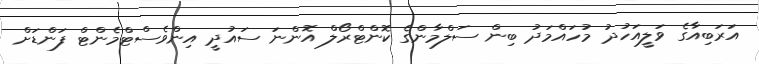
އަރަބިއާގެ ވަލީއަހުދު މުހައްމަދު ބިން ސަލްމާންގެ ކޮންޓްރޯލް އޮންނަ ސައުދީ އިންވެސްޓްމެންޓް ފަންޑަށް